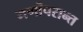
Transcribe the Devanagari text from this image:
मर्णोंपरान्त